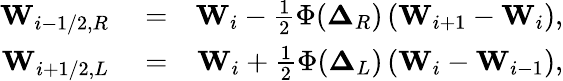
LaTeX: \begin{array}{rlr}{\mathbf{W}_{i-1/2,R}}&{{}=}&{\mathbf{W}_{i}-\frac{1}{2}\Phi(\boldsymbol\Delta_{R})\left(\mathbf{W}_{i+1}-\mathbf{W}_{i}\right),}\\ {\mathbf{W}_{i+1/2,L}}&{{}=}&{\mathbf{W}_{i}+\frac{1}{2}\Phi(\boldsymbol\Delta_{L})\left(\mathbf{W}_{i}-\mathbf{W}_{i-1}\right),}\end{array}